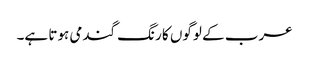
عرب کے لوگوں کا رنگ گندمی ہوتا ہے۔